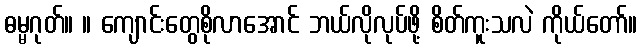
ဓမ္မဂုတ်။ ။ ကျောင်းတွေစိုလာအောင် ဘယ်လိုလုပ်ဖို့ စိတ်ကူးသလဲ ကိုယ်တော်။